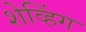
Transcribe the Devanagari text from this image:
शेव्हिंग